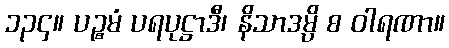
၁၃၄။ ပဉ္စမံ ပရပုဋ္ဌာဒီ၊ နိသာဒမ္ပိ စ ဝါရဏာ။